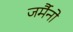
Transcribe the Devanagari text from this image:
जर्मैनो